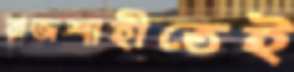
রাজশাহীতেই